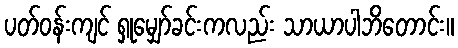
ပတ်ဝန်းကျင် ရှုမျှော်ခင်းကလည်း သာယာပါဘိတောင်း။